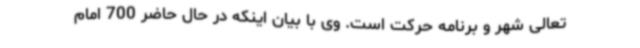
تعالی شهر و برنامه حرکت است. وی با بیان اینکه در حال حاضر 700 امام